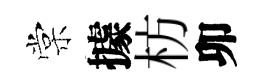
棠據枋卯